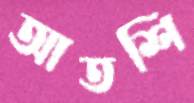
আতশি